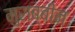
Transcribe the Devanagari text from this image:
मुराब्बीन